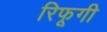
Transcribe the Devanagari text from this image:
रिफूगी